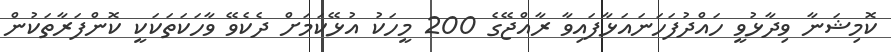
ކޮމިޝަނާ ވިދާޅުވީ ހައްދުފަހަނައަޅާފައިވާ ރާއްޖޭގެ 200 މީހަކު އުޅޭކަމަށް ދެކެވޭ ވާހަކަތަކަކީ ކޮންފަރާތަކުން